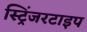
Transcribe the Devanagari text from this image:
स्ट्रिंजरटाइप